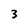
Character: 3